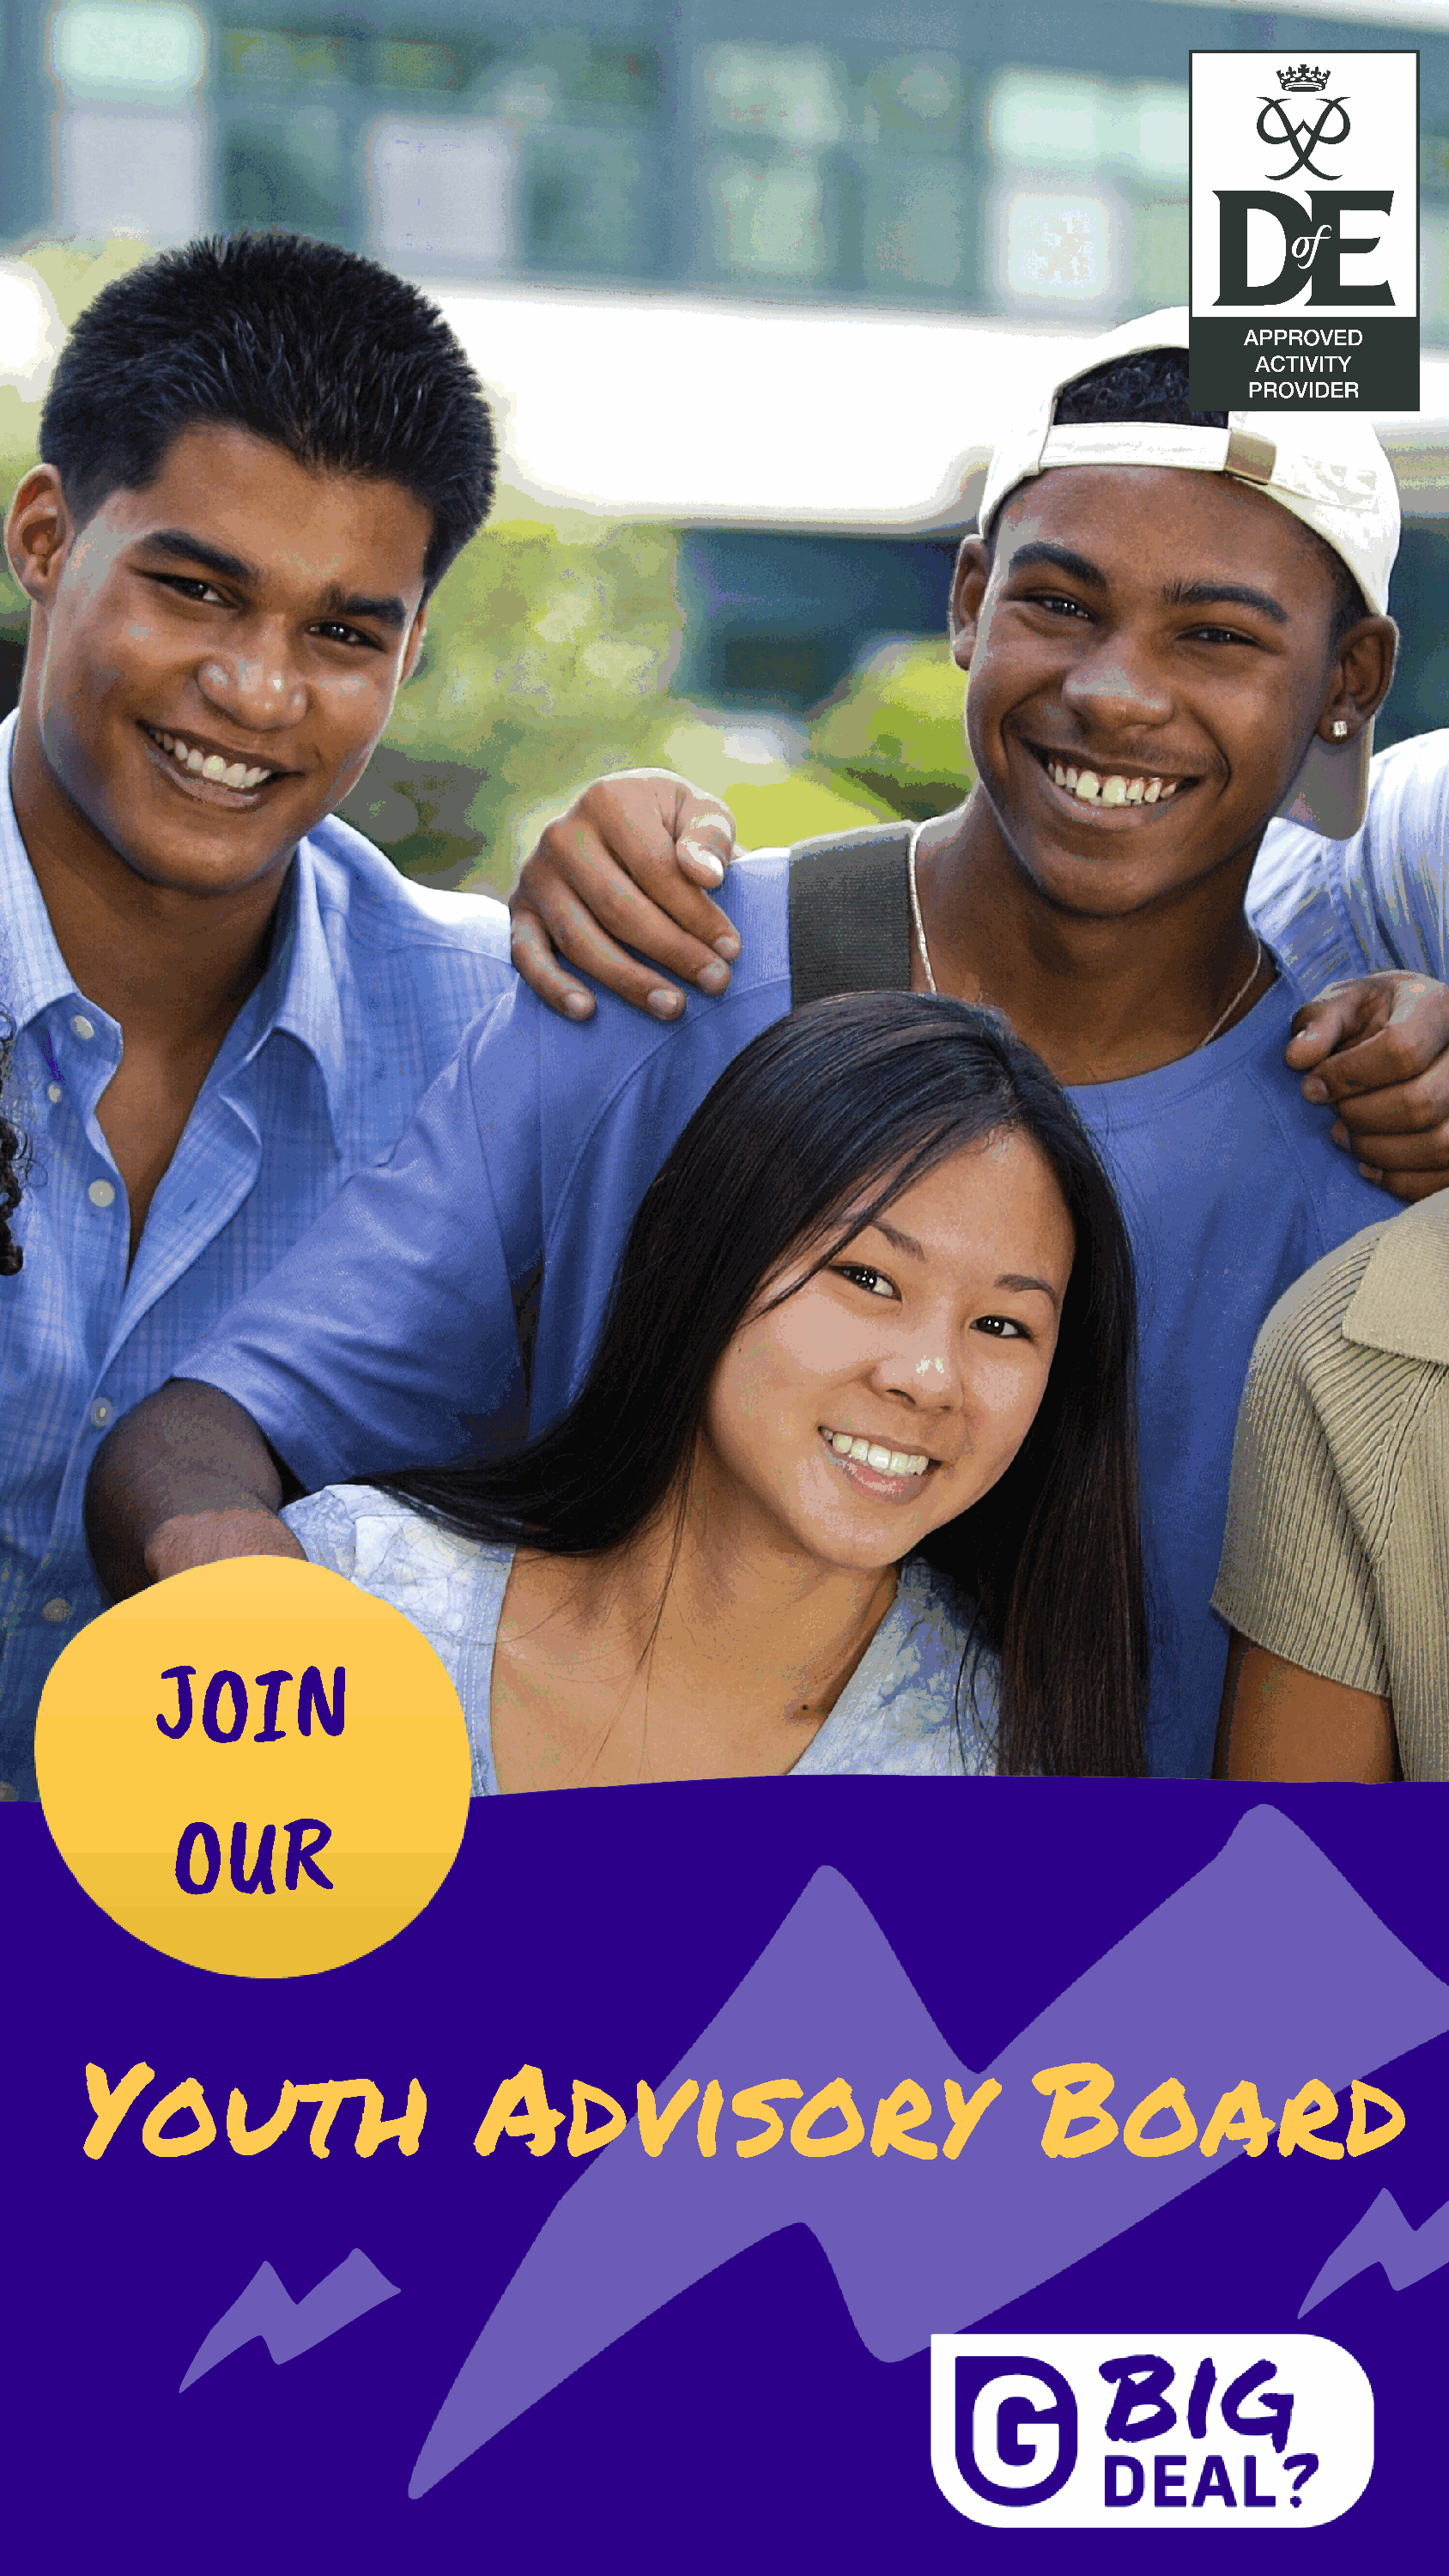
JOIN
 OUR
 Youth                          Advisory                                   Board